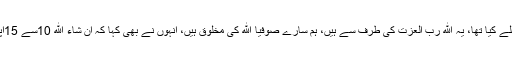
رسول ﷲﷺ نے اس طرح کی وبائوں کا ذکر پہلے کیا تھا، یہ ﷲ رب العزت کی طرف سے ہیں، ہم سارے صوفیا ﷲ کی مخلوق ہیں، انہوں نے بھی کہا کہ ان شاء ﷲ 10سے 15اپریل تک کورونا وائرس کا زور ٹوٹ جائے گا۔